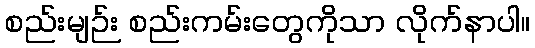
စည်းမျဉ်း စည်းကမ်းတွေကိုသာ လိုက်နာပါ။